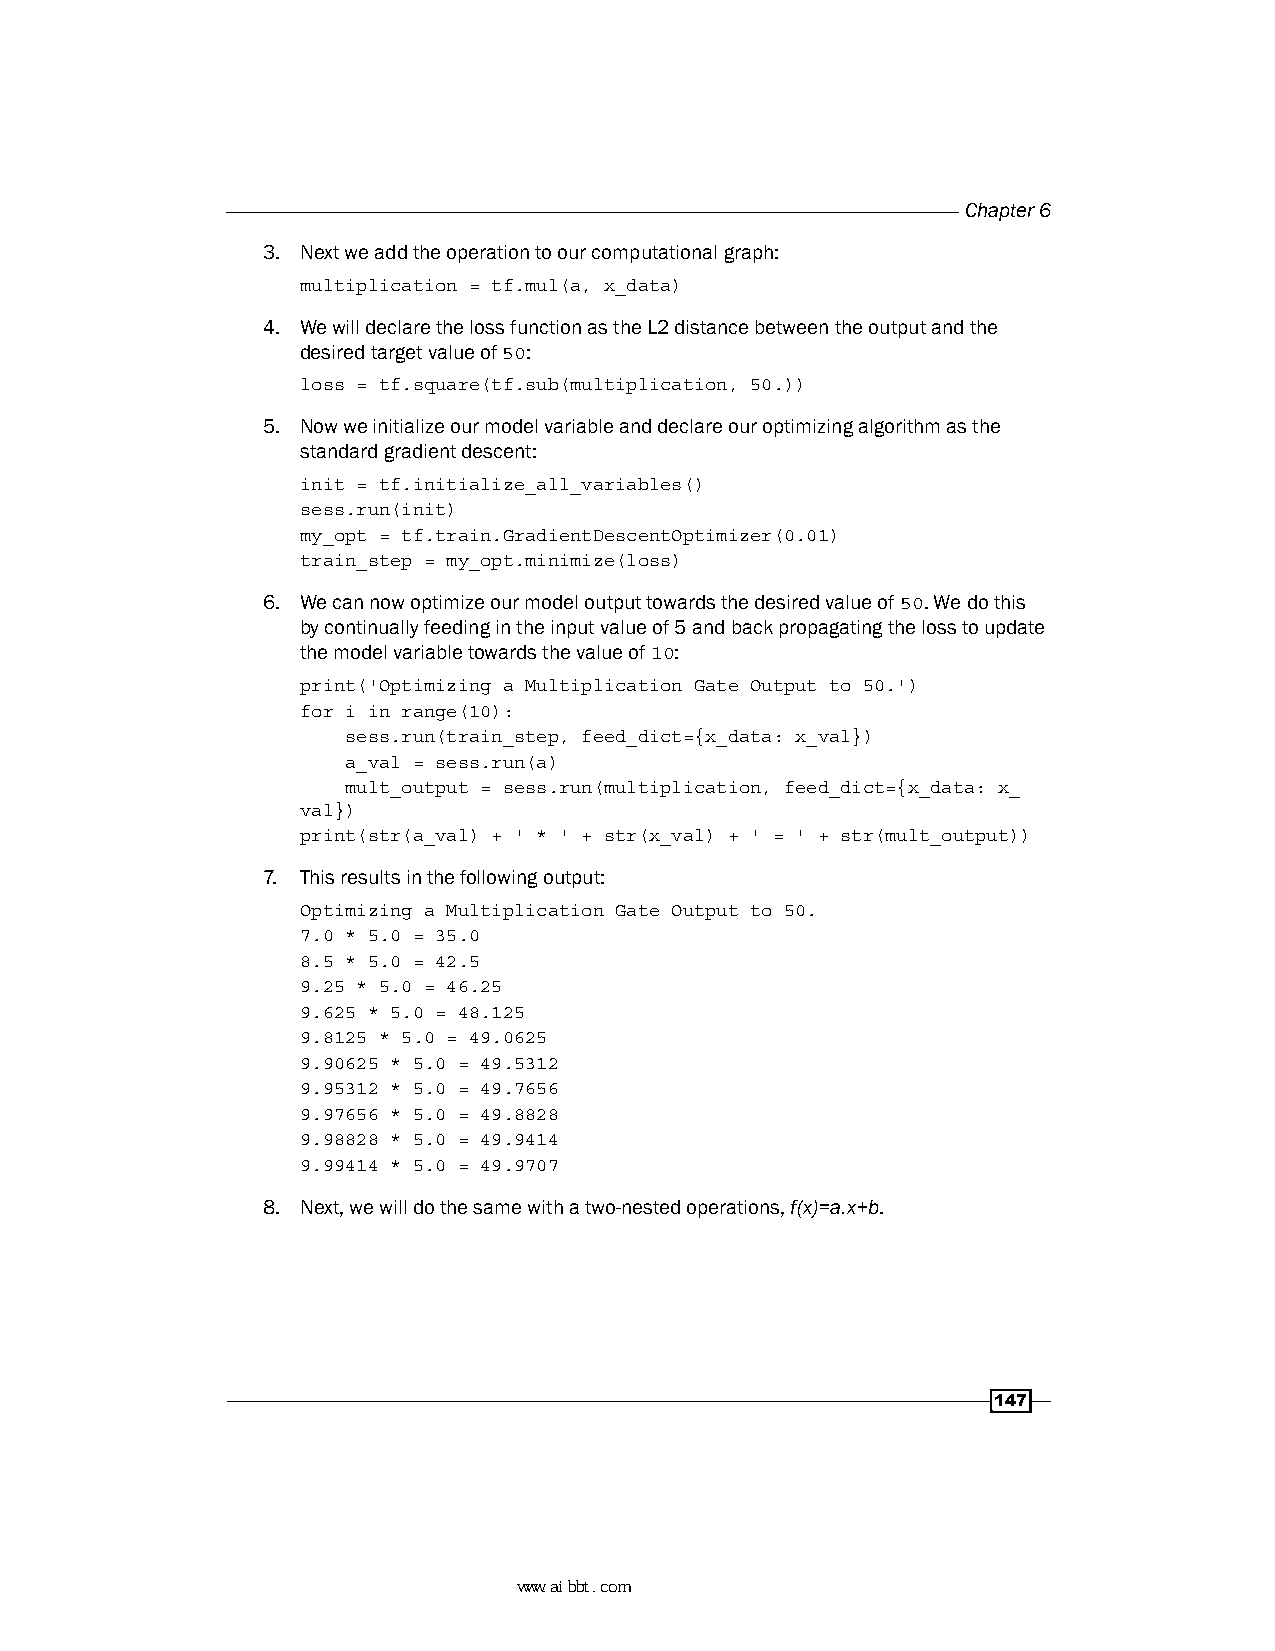
Chapter 6
 3. Next we add the operation to our computational graph:
 multiplication = tf.mul(a, x_data)
 4. We will declare the loss function as the L2 distance between the output and the
 desired target value of 50:
 loss = tf.square(tf.sub(multiplication, 50.))
 5. Now we initialize our model variable and declare our optimizing algorithm as the
 standard gradient descent:
 init = tf.initialize_all_variables()
 sess.run(init)
 my_opt = tf.train.GradientDescentOptimizer(0.01)
 train_step = my_opt.minimize(loss)
 6. We can now optimize our model output towards the desired value of 50. We do this
 by continually feeding in the input value of 5 and back propagating the loss to update
 the model variable towards the value of 10:
 print('Optimizing a Multiplication Gate Output to 50.')
 for i in range(10):
 sess.run(train_step, feed_dict={x_data: x_val})
 a_val = sess.run(a)
 mult_output = sess.run(multiplication, feed_dict={x_data: x_
 val})
 print(str(a_val) + ' * ' + str(x_val) + ' = ' + str(mult_output))
 7. This results in the following output:
 Optimizing a Multiplication Gate Output to 50.
 7.0 * 5.0 = 35.0
 8.5 * 5.0 = 42.5
 9.25 * 5.0 = 46.25
 9.625 * 5.0 = 48.125
 9.8125 * 5.0 = 49.0625
 9.90625 * 5.0 = 49.5312
 9.95312 * 5.0 = 49.7656
 9.97656 * 5.0 = 49.8828
 9.98828 * 5.0 = 49.9414
 9.99414 * 5.0 = 49.9707
 8. Next, we will do the same with a two-nested operations, f(x)=a.x+b.
 147
 www.aibbt.com 让未来触手可及